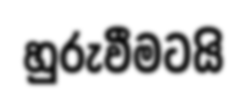
හුරුවීමටයි